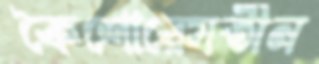
কৈশোরেযতীন